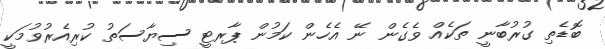
ބޮޑެތި ގުރުބާނީ ތަކެއް ވެގެން ނޭ އެހެން ކަމުން ޕާރޓީ ސިޔާސަތު ކުރިއެރުވުމަކީ